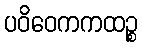
ပဝိဝေကကထဉ္စ